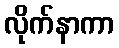
လိုက်နာကာ